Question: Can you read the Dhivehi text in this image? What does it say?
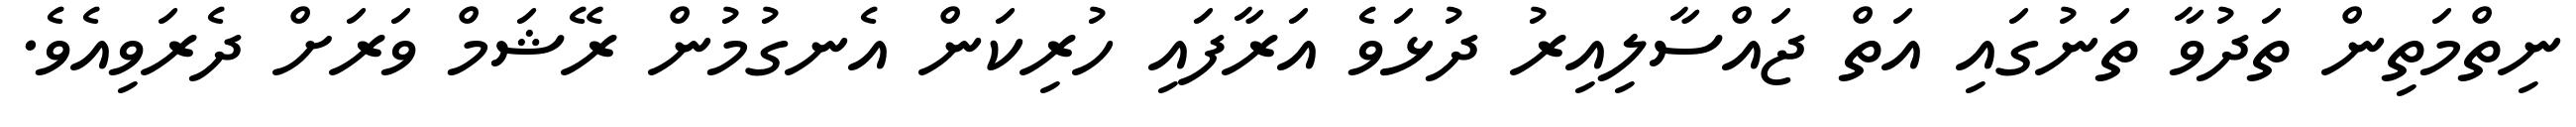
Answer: ނިތްމަތިން ތަދުވާ ތަނުގައި އަތް ޖައްސާލިއިރު ދުޅަވެ އަރާފައި ހުރިކަން އެނގުމުން ރޭޝަމް ވަރަށް ދެރަވިއެވެ.